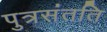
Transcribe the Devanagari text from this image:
पुत्रसंतति